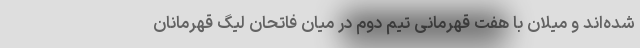
شده‌اند و میلان با هفت قهرمانی تیم دوم در میان فاتحان لیگ قهرمانان